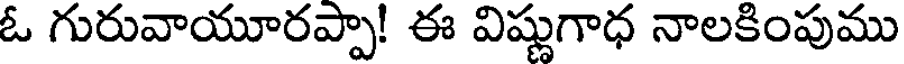
ఓ గురువాయూరప్పా! ఈ విష్ణుగాధ నాలకింపుము